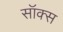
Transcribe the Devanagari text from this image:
सॉक्‍स